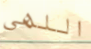
اللهى